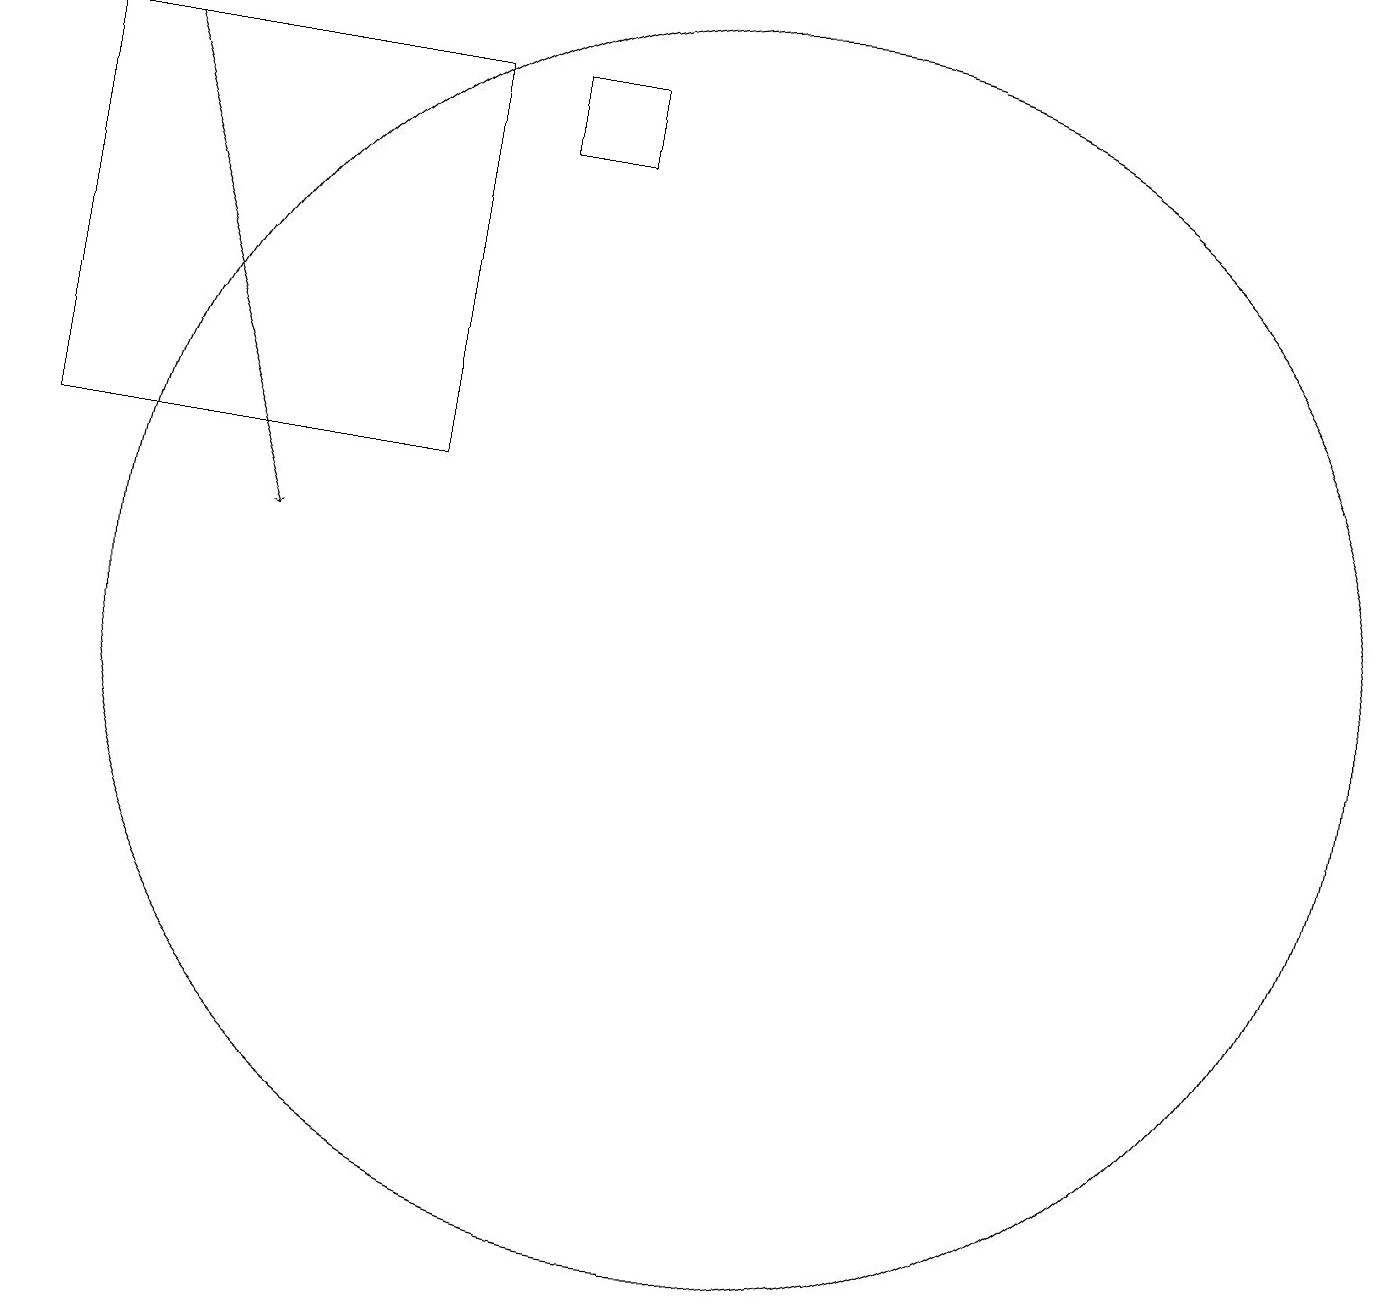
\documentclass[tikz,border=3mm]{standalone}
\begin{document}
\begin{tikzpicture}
\draw (11,11) circle (8);
\draw[->] (3,18) -- (5,12);
\draw (7,18) rectangle (2,13);
\draw (9,17) rectangle (8,18);
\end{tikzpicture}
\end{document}